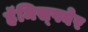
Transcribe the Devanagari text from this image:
हॅमिस्फ्येर